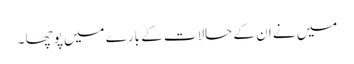
میں نے ان کے حالات کے بارے میں پوچھا ۔